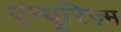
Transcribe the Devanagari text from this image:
एन्यूरिज़्म